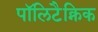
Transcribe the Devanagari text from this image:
पॉलिटैक्निक